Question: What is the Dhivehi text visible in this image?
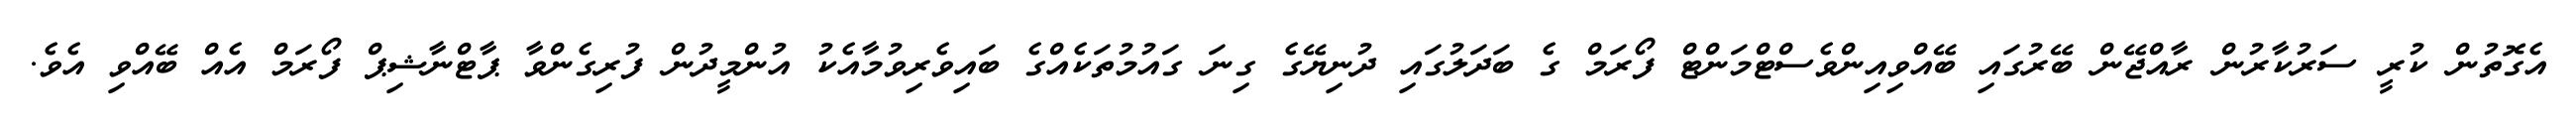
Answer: އެގޮތުން ކުރީ ސަރުކާރުން ރާއްޖޭން ބޭރުގައި ބޭއްވިއިންވެސްޓްމަންޓް ފޯރަމް ގެ ބަދަލުގައި ދުނިޔޭގެ ގިނަ ގައުމުތަކެއްގެ ބައިވެރިވުމާއެކު އުންމީދުން ފުރިގެންވާ ޕާޓްނާޝިޕް ފޯރަމް އެއް ބޭއްވި އެވެ.